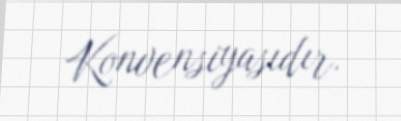
Konvensiyasıdır.